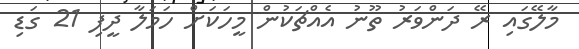
މާލޭގައި ރޭ ދަންވަރު ތޫނު އެއްޗަކުން މީހަކަށް ހަމަލާ ދީފި 21 ގަޑި